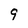
Character: 9